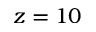
z = 1 0